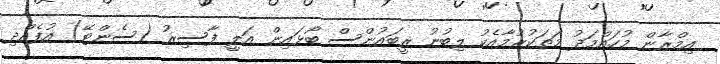
އިމްރާން މުހައްމަދު މަތަކުރުމާއެކު ލިބުނު ރީބައުންސް ބޯޅައިން އަލީ ފާސިރު (ސެންޓޭ) އުފެއްދި